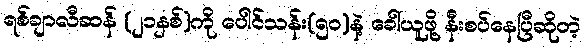
ရစ်ချာလီဆန် (၂၁နှစ်)ကို ပေါင်သန်း(၅၀)နဲ့ ခေါ်ယူဖို့ နီးစပ်နေပြီဆိုတဲ့